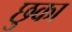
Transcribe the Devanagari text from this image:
छुका